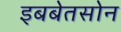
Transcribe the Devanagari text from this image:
इबबेतसोन